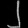
Digit: ၂